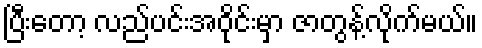
ပြီးတော့ လည်ပင်းအဝိုင်းမှာ ဇာတွန့်လိုက်မယ်။